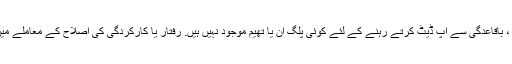
ایک بار پھر، جامد ویب سائٹوں کے ساتھ ، باقاعدگی سے اپ ڈیٹ کرتے رہنے کے لئے کوئی پلگ ان یا تھیم موجود نہیں ہیں. رفتار یا کارکردگی کی اصلاح کے معاملے میں بہت کچھ کرنے کی ضرورت نہیں ہے۔